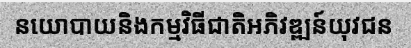
នយោបាយនិងកម្មវិធីជាតិអភិវឌ្ឍន៍យុវជន